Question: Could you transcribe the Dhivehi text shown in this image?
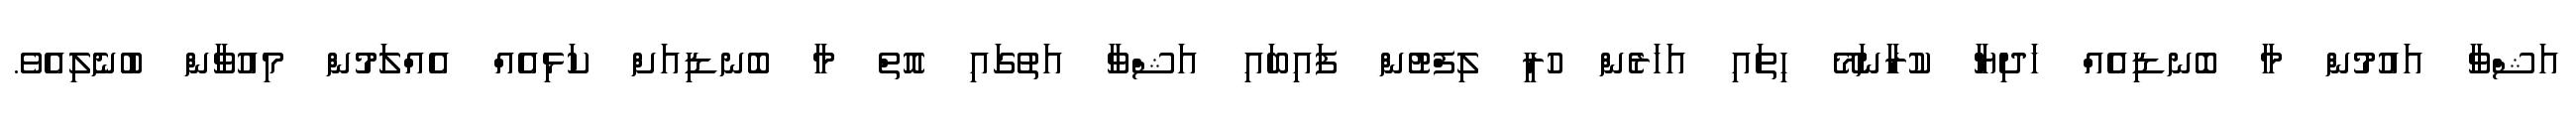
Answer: އަޝްވާ އައުމުން މާ ބޮނޑިއެއް ހަދިޔާ ކުރާނަމޭ ހިތައި އަހަރެން ހުރީ ލިފްޓުން ފައިބައި އަޝްވާ އަތުގައި އޮތް މާ ބޮނޑިއަށް ކަޅިއެއް އެއްލަމުން މިއުވާން ބުނެލިއެވެ.